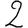
Digit: 2